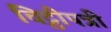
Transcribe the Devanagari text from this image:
चिट्ठीपत्री